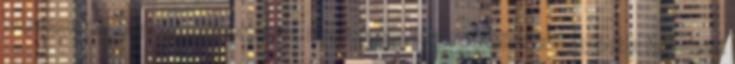
szervezetek Eupalyazatiportal.hu, 2018. január 25., csütörtök Megújult a felfedező